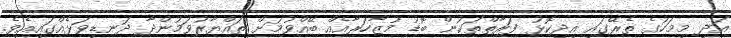
އަދި މިމަހުގެ ތެރޭގައި އިދިކޮޅު ފަރާތްތަކުން ބޮޑު މުޒާހަރާއެއް ބޭއްވުމަށް ތައްޔާރުވަމުންދާ ދަނޑިވަޅެއްގައިއެވެ.